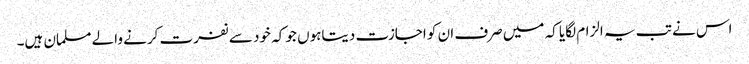
اس نے تب یہ الزام لگایا کہ میں صرف ان کو اجازت دیتاہوں جو کہ خود سے نفرت کرنے والے مسلمان ہیں۔